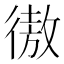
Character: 𢕟